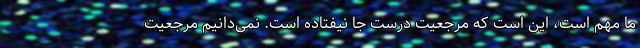
ما مهم است، این است که مرجعیت درست جا نیفتاده است. نمی‌دانیم مرجعیت